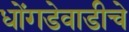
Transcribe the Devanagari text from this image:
धोंगडेवाडीचे